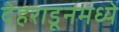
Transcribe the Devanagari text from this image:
देहराडूनमध्ये